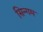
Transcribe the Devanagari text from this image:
सिन्गम